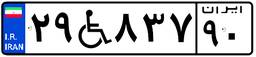
۲۹W۸۳۷۹۰